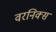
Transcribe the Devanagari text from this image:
वरनिक्स